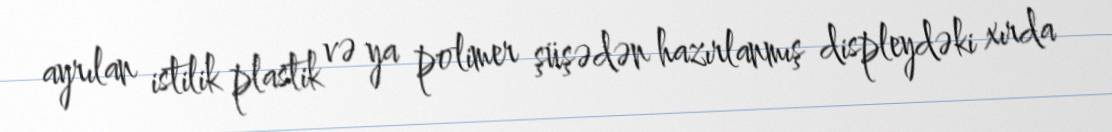
ayrılan istilik plastik və ya polimer şüşədən hazırlanmış displeydəki xırda